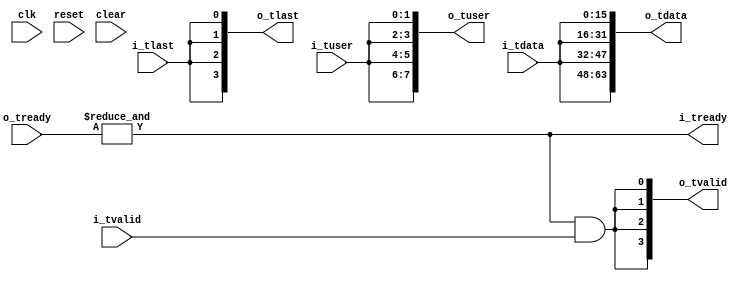
module multi_split_stream #(
  parameter WIDTH=16,
  parameter USER_WIDTH=2,
  parameter OUTPUTS=4
)(
  input clk, input reset, input clear,  // These are not used in plain split_stream
  input [WIDTH-1:0] i_tdata,
  input i_tlast,
  input i_tvalid,
  output i_tready,
  input [USER_WIDTH-1:0] i_tuser,
  output [WIDTH*OUTPUTS-1:0] o_tdata,
  output [OUTPUTS-1:0] o_tlast,
  output [OUTPUTS-1:0] o_tvalid,
  input [OUTPUTS-1:0] o_tready,
  output [OUTPUTS*USER_WIDTH-1:0] o_tuser
);

  // NOTE -- this violates the AXI spec because tvalids are dependent on treadys.
  //   It will be ok most of the time, but muxes and demuxes will need a fifo in
  //   the middle to avoid deadlock

  assign i_tready = &o_tready;

  genvar ii;
  generate for (ii = 0; ii < OUTPUTS; ii = ii + 1) begin : gen_split
    assign o_tdata[WIDTH*ii +: WIDTH] = i_tdata;
    assign o_tuser[USER_WIDTH*ii +: USER_WIDTH] = i_tuser;
    assign o_tlast[ii] = i_tlast;
    assign o_tvalid[ii] = i_tready & i_tvalid;
  end endgenerate

endmodule